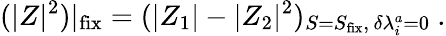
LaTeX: (|Z|^{2})|_{\mathrm{fix}}=(|Z_{1}|-|Z_{2}|^{2})_{S=S_{\mathrm{fix}},\, \delta\lambda_{i}^{a}=0}\ .